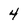
Character: 4